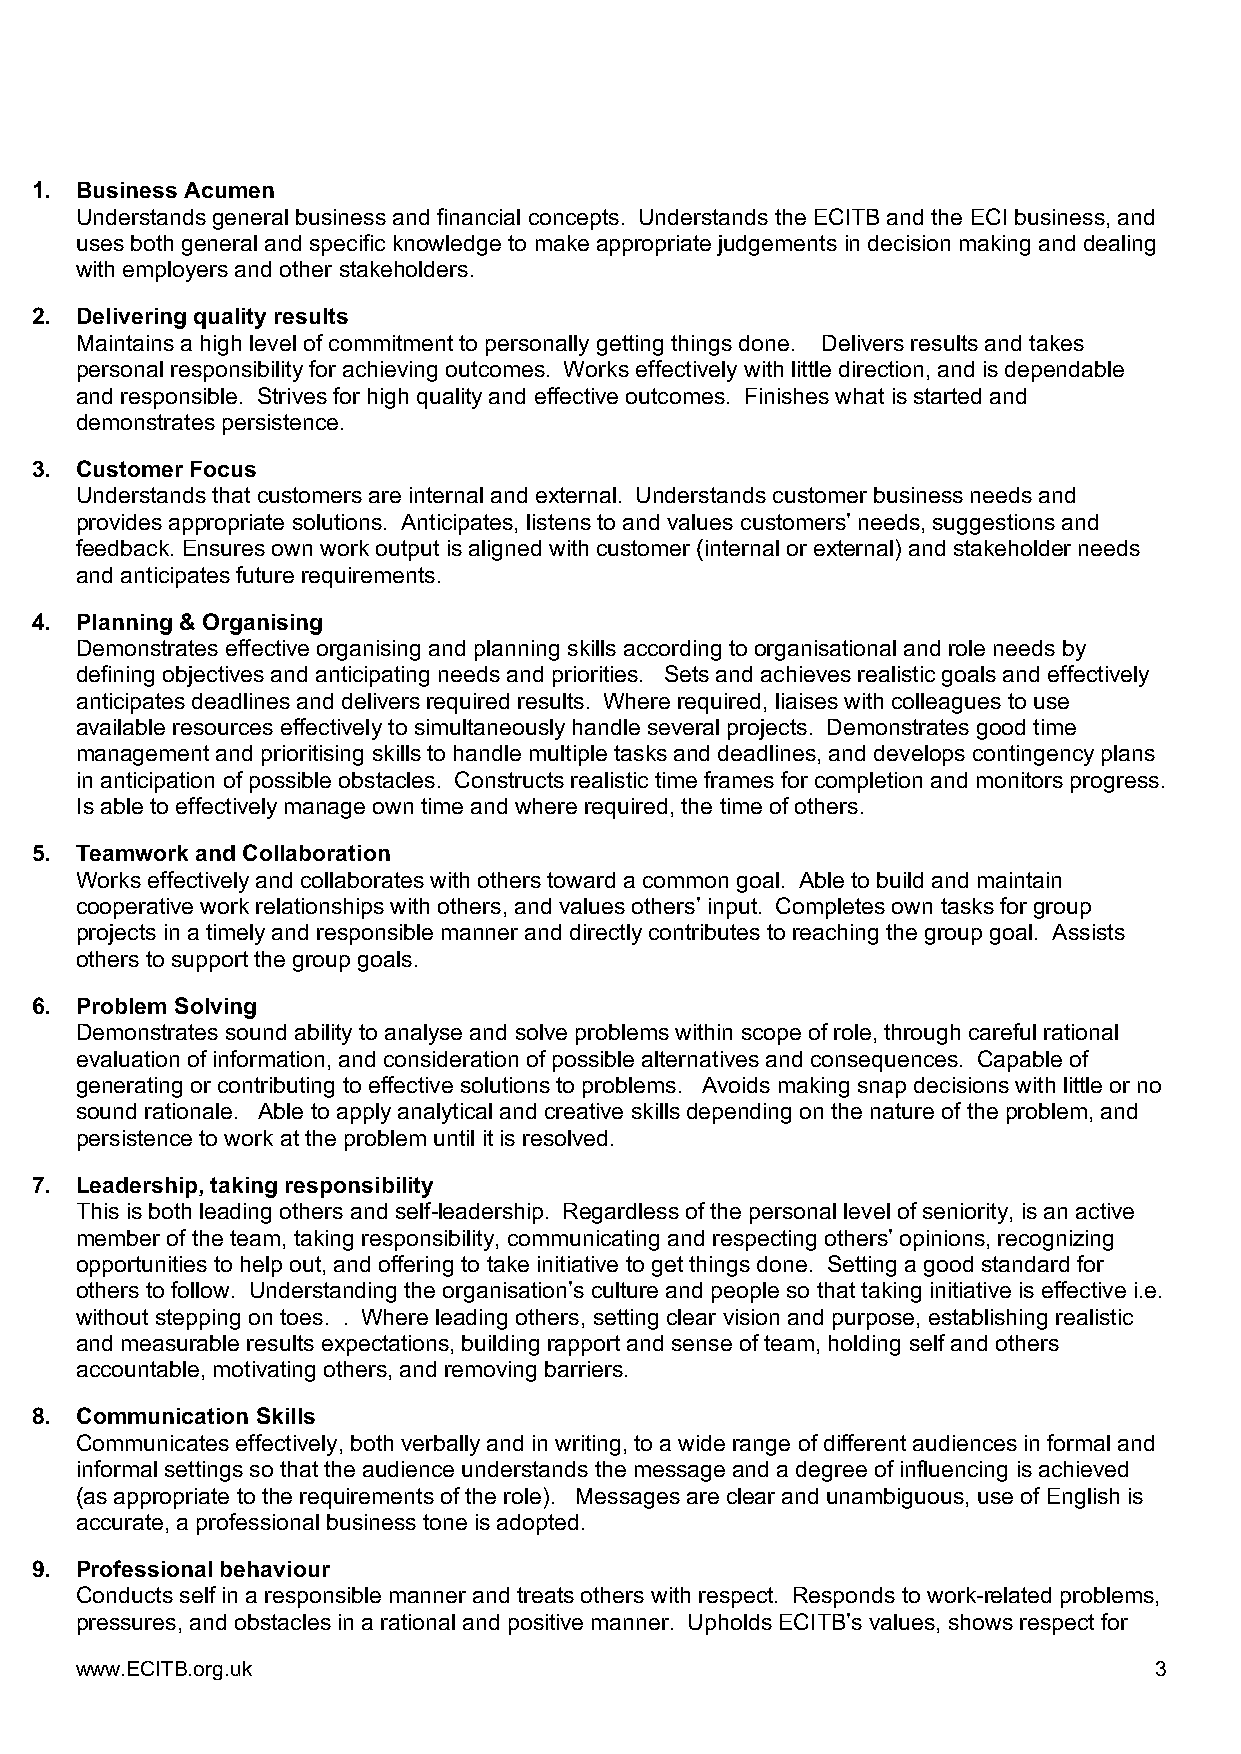
1. Business Acumen
 Understands general business and financial concepts. Understands the ECITB and the ECI business, and
 uses both general and specific knowledge to make appropriate judgements in decision making and dealing
 with employers and other stakeholders.
 2. Delivering quality results
 Maintains a high level of commitment to personally getting things done. Delivers results and takes
 personal responsibility for achieving outcomes. Works effectively with little direction, and is dependable
 and responsible. Strives for high quality and effective outcomes. Finishes what is started and
 demonstrates persistence.
 3. Customer Focus
 Understands that customers are internal and external. Understands customer business needs and
 provides appropriate solutions. Anticipates, listens to and values customers’ needs, suggestions and
 feedback. Ensures own work output is aligned with customer (internal or external) and stakeholder needs
 and anticipates future requirements.
 4. Planning & Organising
 Demonstrates effective organising and planning skills according to organisational and role needs by
 defining objectives and anticipating needs and priorities. Sets and achieves realistic goals and effectively
 anticipates deadlines and delivers required results. Where required, liaises with colleagues to use
 available resources effectively to simultaneously handle several projects. Demonstrates good time
 management and prioritising skills to handle multiple tasks and deadlines, and develops contingency plans
 in anticipation of possible obstacles. Constructs realistic time frames for completion and monitors progress.
 Is able to effectively manage own time and where required, the time of others.
 5. Teamwork and Collaboration
 Works effectively and collaborates with others toward a common goal. Able to build and maintain
 cooperative work relationships with others, and values others’ input. Completes own tasks for group
 projects in a timely and responsible manner and directly contributes to reaching the group goal. Assists
 others to support the group goals.
 6. Problem Solving
 Demonstrates sound ability to analyse and solve problems within scope of role, through careful rational
 evaluation of information, and consideration of possible alternatives and consequences. Capable of
 generating or contributing to effective solutions to problems. Avoids making snap decisions with little or no
 sound rationale. Able to apply analytical and creative skills depending on the nature of the problem, and
 persistence to work at the problem until it is resolved.
 7. Leadership, taking responsibility
 This is both leading others and self-leadership. Regardless of the personal level of seniority, is an active
 member of the team, taking responsibility, communicating and respecting others’ opinions, recognizing
 opportunities to help out, and offering to take initiative to get things done. Setting a good standard for
 others to follow. Understanding the organisation’s culture and people so that taking initiative is effective i.e.
 without stepping on toes. . Where leading others, setting clear vision and purpose, establishing realistic
 and measurable results expectations, building rapport and sense of team, holding self and others
 accountable, motivating others, and removing barriers.
 8. Communication Skills
 Communicates effectively, both verbally and in writing, to a wide range of different audiences in formal and
 informal settings so that the audience understands the message and a degree of influencing is achieved
 (as appropriate to the requirements of the role). Messages are clear and unambiguous, use of English is
 accurate, a professional business tone is adopted.
 9. Professional behaviour
 Conducts self in a responsible manner and treats others with respect. Responds to work-related problems,
 pressures, and obstacles in a rational and positive manner. Upholds ECITB’s values, shows respect for
 www.ECITB.org.uk                                                       3